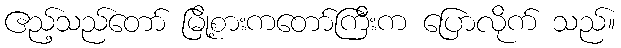
ဧည့်သည်တော် မြို့စားကတော်ကြီးက ပြောလိုက် သည်။